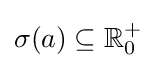
\sigma (a)\subseteq \mathbb {R} _{0}^{+}